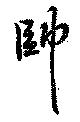
帥